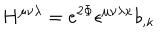
H ^ { \mu \nu \lambda } = e ^ { 2 \Phi } \epsilon ^ { \mu \nu \lambda \kappa } b _ { , \kappa }